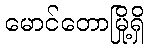
မောင်တောမြို့ရှိ